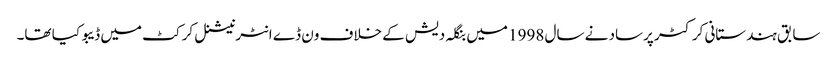
سابق ہندستانی کرکٹر پرساد نے سال 1998 میں بنگلہ دیش کے خلاف ون ڈے انٹرنیشنل کرکٹ میں ڈیبو کیا تھا۔